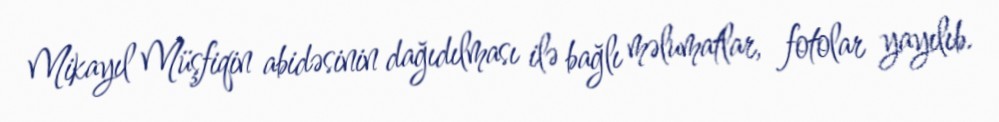
Mikayıl Müşfiqin abidəsinin dağıdılması ilə bağlı məlumatlar, fotolar yayılıb.